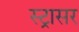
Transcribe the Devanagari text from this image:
स्ट्रासर